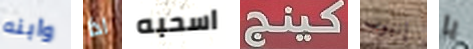
وابنه اذا اسحبه كينج إنبوب يا